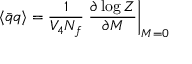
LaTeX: \langle \bar { q } q \rangle = \frac { 1 } { V _ { 4 } N _ { f } } \left. \frac { \partial \log Z } { \partial M } \right| _ { M = 0 }